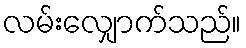
လမ်းလျှောက်သည်။